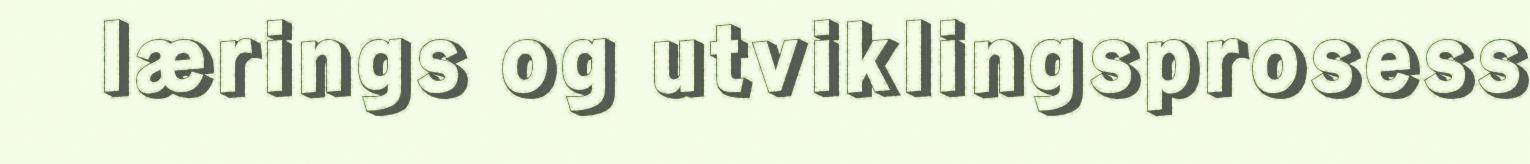
lærings og utviklingsprosess